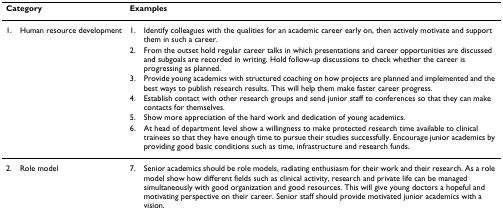
<table><thead><tr><td colspan="2"><b>Category</b></td><td colspan="2"><b>Examples</b></td></tr></thead><tbody><tr><td>1.</td><td>Human resource development</td><td>1.</td><td>Identify colleagues with the qualities for an academic career early on, then actively motivate and support them in such a career.</td></tr><tr><td></td><td></td><td>2.</td><td>From the outset hold regular career talks in which presentations and career opportunities are discussed and subgoals are recorded in writing. Hold follow-up discussions to check whether the career is progressing as planned.</td></tr><tr><td></td><td></td><td>3.</td><td>Provide young academics with structured coaching on how projects are planned and implemented and the best ways to publish research results. This will help them make faster career progress.</td></tr><tr><td></td><td></td><td>4.</td><td>Establish contact with other research groups and send junior staff to conferences so that they can make contacts for themselves.</td></tr><tr><td></td><td></td><td>5.</td><td>Show more appreciation of the hard work and dedication of young academics.</td></tr><tr><td></td><td></td><td>6.</td><td>At head of department level show a willingness to make protected research time available to clinical trainees so that they have enough time to pursue their studies successfully. Encourage junior academics by providing good basic conditions such as time, infrastructure and research funds.</td></tr><tr><td>2.</td><td>Role model</td><td>7.</td><td>Senior academics should be role models, radiating enthusiasm for their work and their research. As a role model show how different fields such as clinical activity, research and private life can be managed simultaneously with good organization and good resources. This will give young doctors a hopeful and motivating perspective on their career. Senior staff should provide motivated junior academics with a vision.</td></tr></tbody></table>